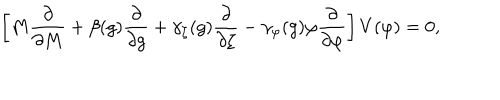
LaTeX: \left[ M { \frac { \partial } { \partial M } } + \beta ( g ) { \frac { \partial } { \partial g } } + \gamma _ { \zeta } ( g ) { \frac { \partial } { \partial \zeta } } - \gamma _ { \varphi } ( g ) \varphi { \frac { \partial } { \partial \varphi } } \right] V ( \varphi ) = 0 ,